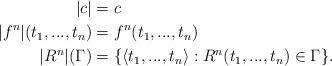
LaTeX: \begin{align*}|c| &= c \\|f^n|(t_1,...,t_n) &= f^n(t_1,...,t_n) \\|R^n|(\Gamma) &= \{\langle t_1,...,t_n \rangle: R^n(t_1,...,t_n) \in \Gamma\}.\end{align*}